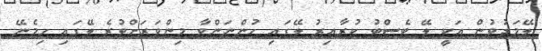
ލޭމަދުވުން އަކީ ލޭ ޓެސްޓު ކުރާއިރު ލޭގައި ހުންނަންވާ މިންވަރަށްވުރެ ލޭގައި ހިމެނޭ